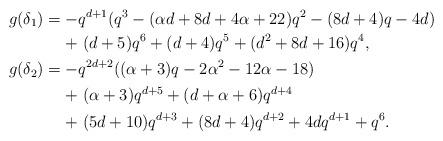
LaTeX: \begin{align*}g(\delta_1)&=-q^{d+1}(q^3-(\alpha d+8d+4\alpha+22)q^2-(8d+4)q-4d)\\&\hphantom{={}}\mathrel{+}(d+5)q^6+(d+4)q^5+(d^2+8d+16)q^4,\\g(\delta_2)&=-q^{2d+2}((\alpha+3)q-2\alpha^2-12\alpha-18)\\&\hphantom{={}}\mathrel{+}(\alpha+3)q^{d+5}+(d+\alpha+6)q^{d+4}\\&\hphantom{={}}\mathrel{+}(5d+10)q^{d+3}+(8d+4)q^{d+2}+4dq^{d+1}+q^6.\end{align*}